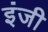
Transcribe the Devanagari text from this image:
इंजी